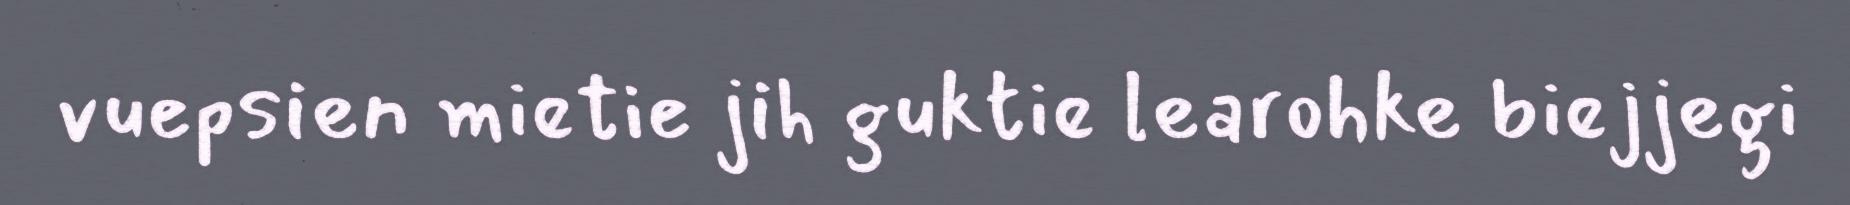
vuepsien mietie jih guktie learohke biejjegi